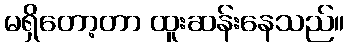
မရှိတော့တာ ထူးဆန်းနေသည်။